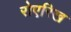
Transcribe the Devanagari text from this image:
रोएरिख